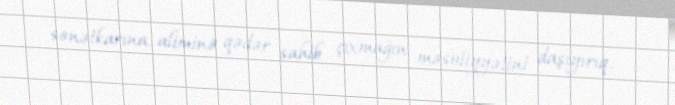
sənətkarına, aliminə qədər sahib çıxmağın məsuliyyətini daşıyırıq.